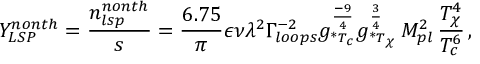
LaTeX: Y _ { L S P } ^ { n o n t h } = { \frac { n _ { l s p } ^ { n o n t h } } { s } } = { \frac { 6 . 7 5 } { \pi } } \epsilon \nu \lambda ^ { 2 } \Gamma _ { l o o p s } ^ { - 2 } g _ { * _ { T _ { c } } } ^ { \frac { - 9 } { 4 } } g _ { * _ { T _ { \chi } } } ^ { \frac { 3 } { 4 } } \, M _ { p l } ^ { 2 } \, { \frac { T _ { \chi } ^ { 4 } } { T _ { c } ^ { 6 } } } \, ,